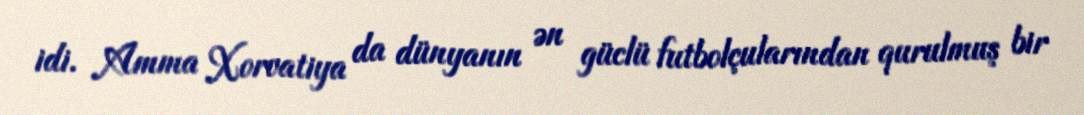
idi. Amma Xorvatiya da dünyanın ən güclü futbolçularından qurulmuş bir